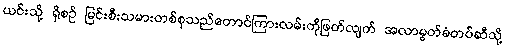
ယင်းသို့ ရှိစဉ် မြင်းစီးသမားတစ်စုသည်တောင်ကြားလမ်းကိုဖြတ်လျက် အလာမွတ်ခံတပ်ဆီသို့